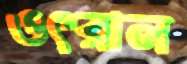
ওৎরাল